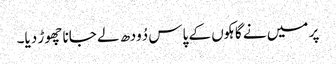
پر میں نے گاہکوں کے پاس دُودھ لے جانا چھوڑ دیا۔